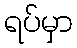
ရပ်မှာ